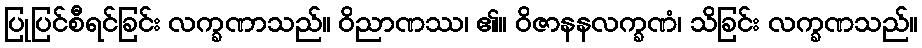
ပြုပြင်စီရင်ခြင်း လက္ခဏာသည်။ ဝိညာဏဿ၊ ၏။ ဝိဇာနနလက္ခဏံ၊ သိခြင်း လက္ခဏသည်။